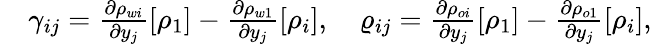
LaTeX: \begin{array}{rl}&{\gamma_{ij}=\frac{\partial\rho_{wi}}{\partial y_{j}}[\rho_{1}]-\frac{\partial\rho_{w1}}{\partial y_{j}}[\rho_{i}],\quad\varrho_{ij}=\frac{\partial\rho_{oi}}{\partial y_{j}}[\rho_{1}]-\frac{\partial\rho_{o1}}{\partial y_{j}}[\rho_{i}],}\end{array}